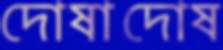
দোষাদোষ